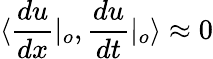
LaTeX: \langle\frac{du}{dx}|_{o},\frac{du}{dt}|_{o}\rangle\approx 0